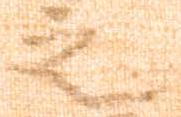
之